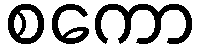
စကော